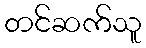
တင်ဆက်သူ